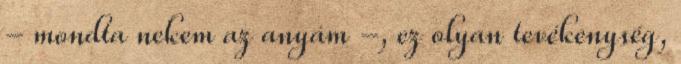
- mondta nekem az anyám -, ez olyan tevékenység,